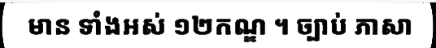
មាន ទាំងអស់ ១២កណ្ឌ ។ ច្បាប់ ភាសា